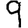
Digit: 9